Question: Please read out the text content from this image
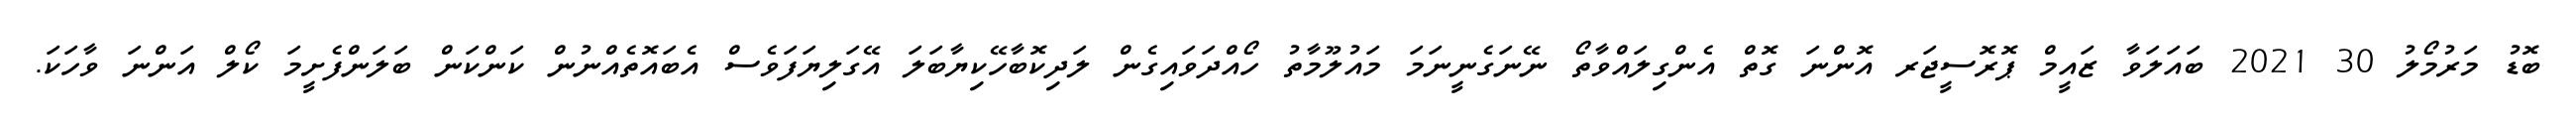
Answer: ބޮޑު މަރުމޯލު 30 2021 ބައަލަވާ ޒައީމް ޕޮރޮސީޖަރ އޮންނަ ގޮތް އެންގިލައްވާތޯ ނޭނަގެނީނަމަ މައުލޫމާތު ހޯއްދަވައިގެން ލަދިކޮބާހޭކިޔާބަލަ އޭގަލިޔަފަވެސް އެބައޮތެއްނުން ކަންކަން ބަލަންފެށީމަ ކޯލް އަންނަ ވާހަކަ.